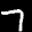
Label: 7